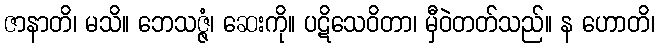
ဇာနာတိ၊ မသိ။ ဘေသဇ္ဇံ၊ ဆေးကို။ ပဋိသေဝိတာ၊ မှီဝဲတတ်သည်။ န ဟောတိ၊